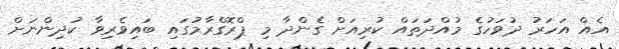
އެއް އަހަރު ދުވަހުގެ މުއްދަތައް ކުރިއަށް ގެންދާ މި ޕްރޮގްރާމުގައި ބައިވެރިވާ ކުދިންނަށް